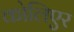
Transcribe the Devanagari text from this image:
कोलिएर